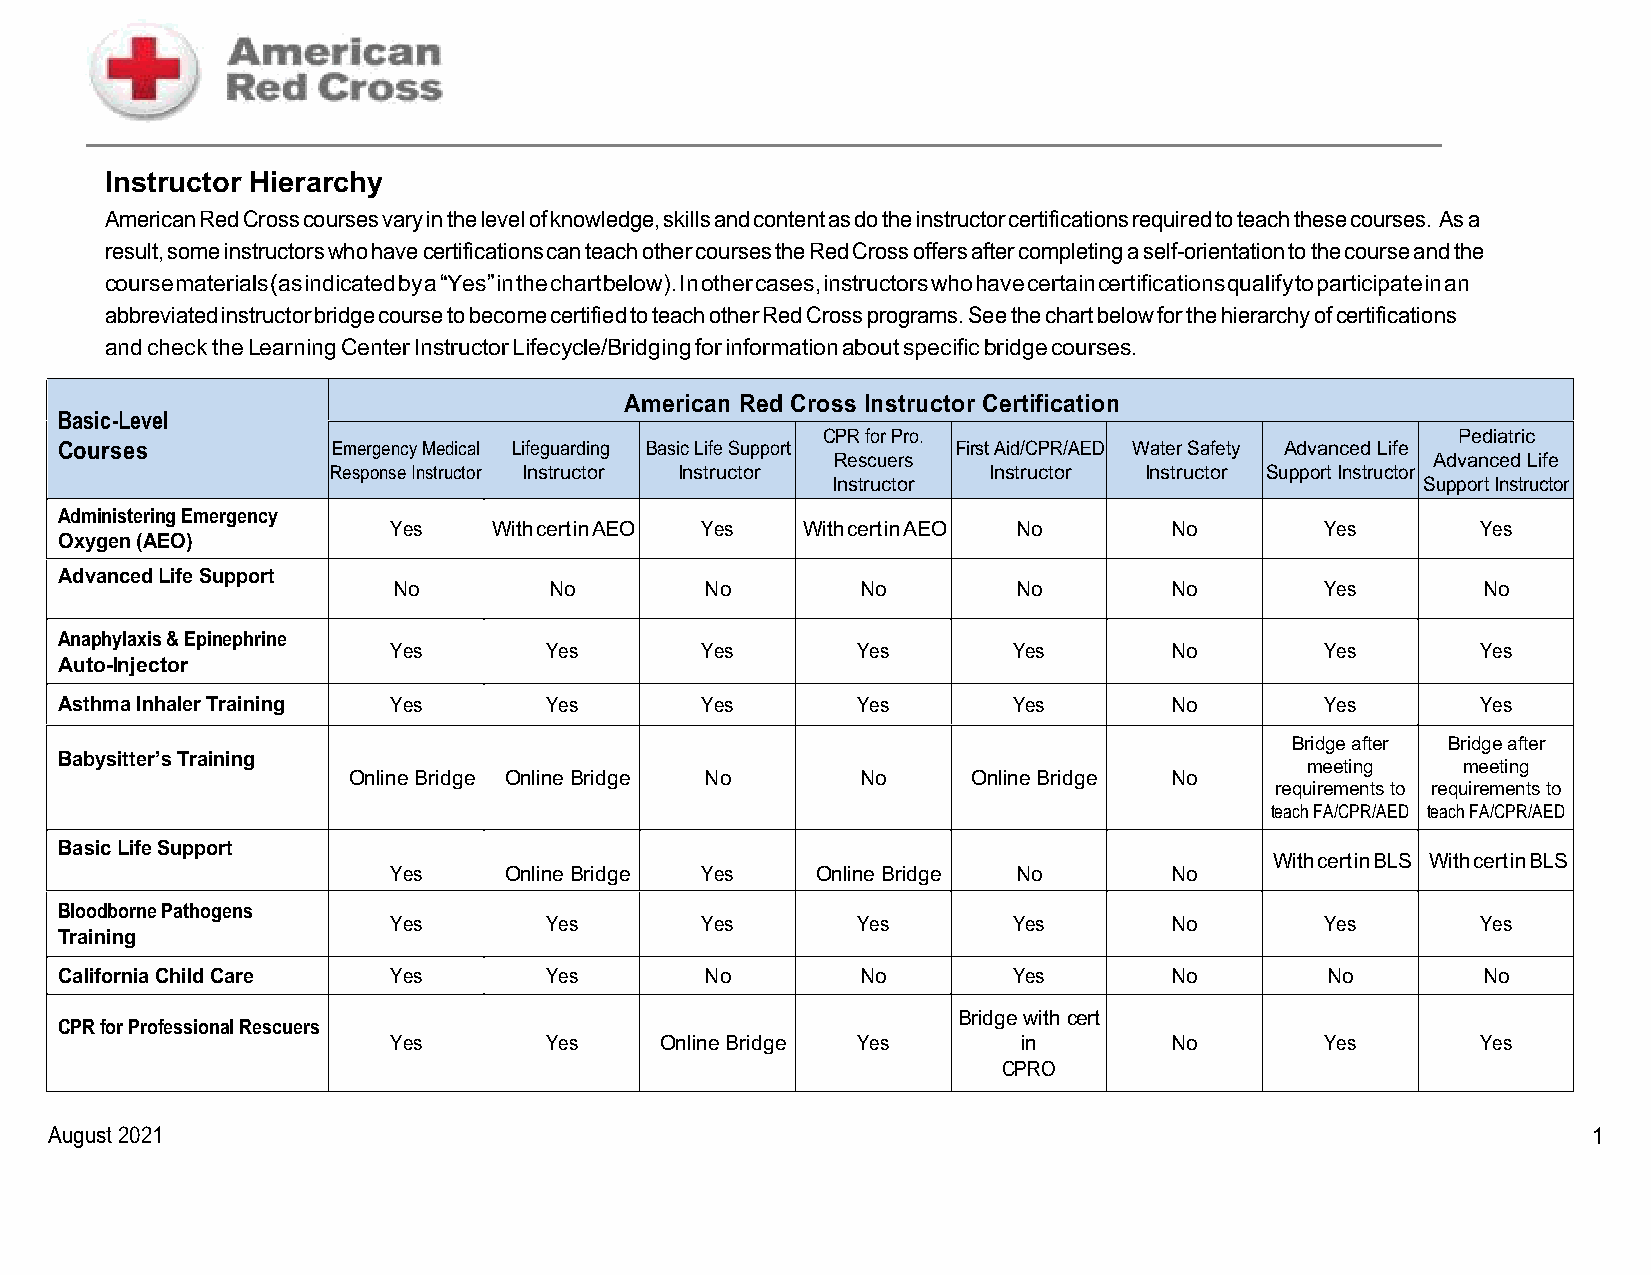
Instructor Hierarchy
 American Red Cross courses vary in the level of knowledge, skills and content as do the instructor certifications required to teach these courses. As a
 result, some instructors who have certifications can teach other courses the Red Cross offers after completing a self-orientation to the course and the
 course materials (as indicated by a “Yes” in the chart below). In other cases, instructors who have certain certifications qualify to participate in an
 abbreviated instructor bridge course to become certified to teach other Red Cross programs. See the chart below for the hierarchy of certifications
 and check the Learning Center Instructor Lifecycle/Bridging for information about specific bridge courses.
 American Red Cross Instructor Certification
 Basic-Level
 CPR for Pro.                              Pediatric
 Courses           Emergency Medical Lifeguarding Basic Life Support First Aid/CPR/AED Water Safety Advanced Life
 Rescuers                                Advanced Life
 Response Instructor Instructor Instructor
 Instructor
 Instructor Instructor Support Instructor
 Support Instructor
 Administering Emergency
 Yes    With cert in AEO Yes With cert in AEO No    No         Yes       Yes
 Oxygen (AEO)
 Advanced Life Support
 No        No         No        No        No        No         Yes       No
 Anaphylaxis & Epinephrine
 Yes       Yes       Yes        Yes       Yes       No         Yes       Yes
 Auto-Injector
 Asthma Inhaler Training Yes     Yes       Yes        Yes       Yes       No         Yes       Yes
 Bridge after Bridge after
 Babysitter’s Training
 meeting    meeting
 Online Bridge Online Bridge No    No     Online Bridge No
 requirements to requirements to
 teach FA/CPR/AED teach FA/CPR/AED
 Basic Life Support
 With cert in BLS With cert in BLS
 Yes    Online Bridge Yes    Online Bridge No       No
 Bloodborne Pathogens
 Yes       Yes       Yes        Yes       Yes       No         Yes       Yes
 Training
 California Child Care Yes       Yes        No        No        Yes       No         No        No
 Bridge with cert
 CPR for Professional Rescuers
 Yes       Yes     Online Bridge Yes       in       No         Yes       Yes
 CPRO
 August 2021                                                                                           1